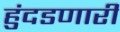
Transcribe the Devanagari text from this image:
हुंदडणारी